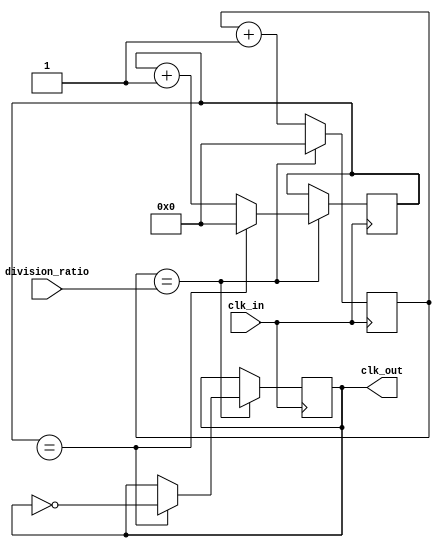
module fractional_clock_divider (
    input wire clk_in,
    input wire [7:0] division_ratio,
    output reg clk_out
);

reg [7:0] counter;
reg [7:0] delay_counter;
reg [7:0] delay;

always @(posedge clk_in) begin
    if (counter == division_ratio) begin
        counter <= 0;
        delay_counter <= delay_counter + 1;
        if (delay_counter == delay) begin
            delay_counter <= 0;
            clk_out <= ~clk_out;
        end
    end else begin
        counter <= counter + 1;
    end
end

endmodule